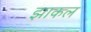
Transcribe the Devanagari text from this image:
झाकल